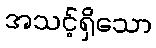
အသင့်ရှိသော